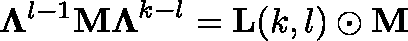
\mathbf { \Lambda } ^ { l - 1 } \mathbf { M \Lambda } ^ { k - l } = \mathbf { L } ( k , l ) \odot \mathbf { M }